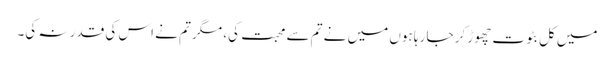
میں کل بٹوت چھوڑ کر جا رہا ہوں میں نے تم سے محبت کی، مگر تم نے اس کی قدر نہ کی۔